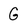
Character: G